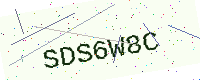
Text: SDS6W8C